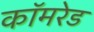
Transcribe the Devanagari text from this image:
काॅमरेड